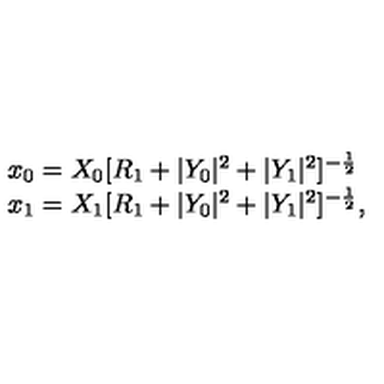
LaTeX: \begin{array} { l c r } { x _ { 0 } = X _ { 0 } [ R _ { 1 } + | Y _ { 0 } | ^ { 2 } + | Y _ { 1 } | ^ { 2 } ] ^ { - { \frac { 1 } { 2 } } } } \\ { x _ { 1 } = X _ { 1 } [ R _ { 1 } + | Y _ { 0 } | ^ { 2 } + | Y _ { 1 } | ^ { 2 } ] ^ { - { \frac { 1 } { 2 } } } , } \\ \end{array}